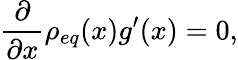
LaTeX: \frac{\partial}{\partial x}\rho_{eq}(x)g^{\prime}(x)=0,